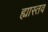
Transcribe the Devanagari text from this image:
ह्यास्तव